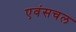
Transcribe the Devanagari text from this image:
एवंसचल